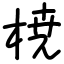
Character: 𣓤